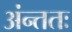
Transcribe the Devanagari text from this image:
अंन्ततः